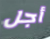
أجل